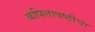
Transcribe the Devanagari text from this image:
कपिलाषष्ठीचा